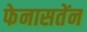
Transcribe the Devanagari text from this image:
फेनासतेंन